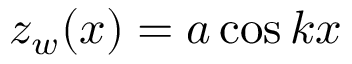
z _ { w } ( x ) = a \cos { k x }